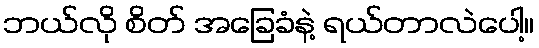
ဘယ်လို စိတ် အခြေခံနဲ့ ရယ်တာလဲပေါ့။